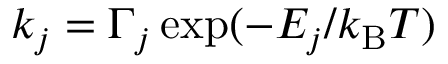
k _ { j } = \Gamma _ { j } \exp ( - E _ { j } / k _ { \mathrm { B } } T )